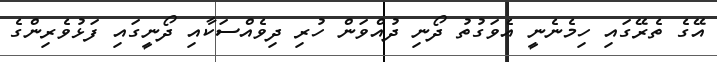
އޭގެ ތެރޭގައި ހިމެނެނީ އެވަގުތު ދޯނި ދުއްވަން ހުރި ދިވެއްސަކާއި ދޯނީގައި ފަޅުވެރިންގެ